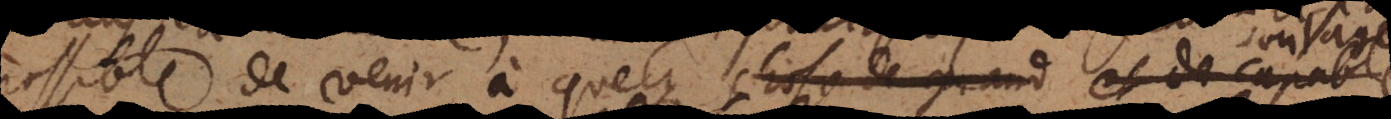
possible de venir à quelque chose de grand